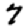
Digit: 7